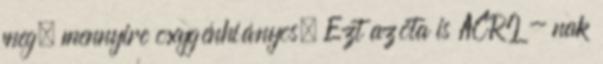
meg, mennyire oxygénhiányos. Ezt azóta is ACRI - nak